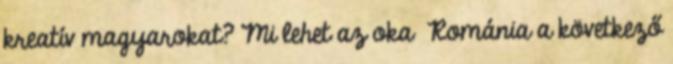
kreatív magyarokat? Mi lehet az oka Románia a következő